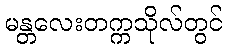
မန္တလေးတက္ကသိုလ်တွင်